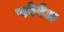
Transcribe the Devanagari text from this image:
फोगेल